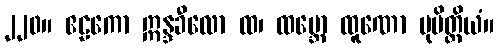
၂၂၀။ ဧဠကော ဣန္ဒခီလော ထ၊ ထမ္ဘော ထူဏော ပုမိတ္ထိယံ။